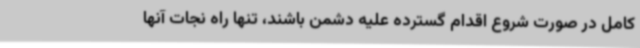
کامل در صورت شروع اقدام گسترده علیه دشمن باشند، تنها راه نجات آنها